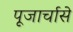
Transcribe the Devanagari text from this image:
पूजार्चासे